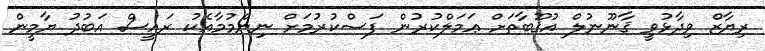
ރިޔާޒް ވިދާޅުވީ ޤާނޫނުލް އުޤޫބާތަށް ޢަމަލްކުރުން ފަސްކުރުމަށް ނިންމުމާއެކު ރައީސް އަބުދު ޔާމީން